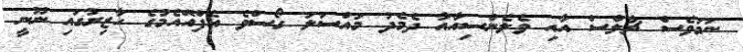
ނަމަވެސް ޗާލްސް އާއި ވެލެންސިއާއާ ދެމެދު މައްސަލަ ގޯސްވެ އެފްއޭއެމުގެ ހާޒިރުގައި ނޫނީ